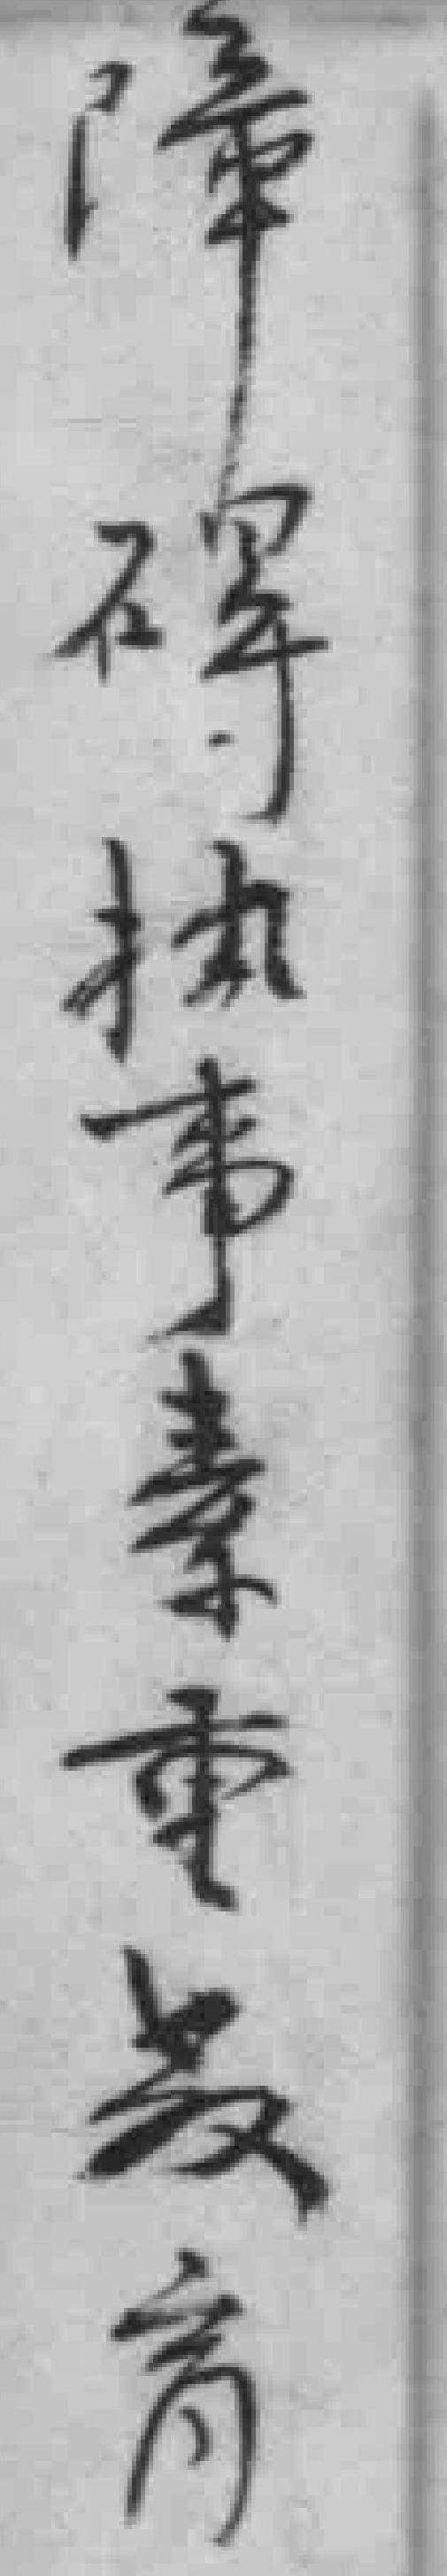
障碍执事素重教育